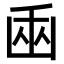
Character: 𠚏